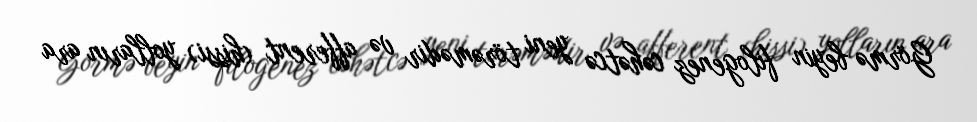
Görmə beyin filogenez cəhətcə yeni törəmədir və afferent (hissi) yolların ara